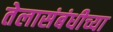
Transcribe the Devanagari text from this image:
तेलासंबंधीच्या